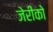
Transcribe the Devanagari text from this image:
जेरीको